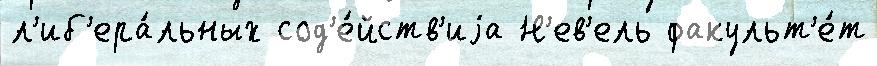
л'иб'ера́льных сод'е́йств'иjа Н'ев'ель факульт'е́т